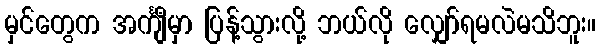
မှင်တွေက အင်္ကျီမှာ ပြန့်သွားလို့ ဘယ်လို လျှော်ရမလဲမသိဘူး။